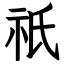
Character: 祇